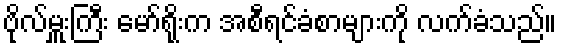
ဗိုလ်မှူးကြီး မော်ရိုးက အစီရင်ခံစာများကို လက်ခံသည်။